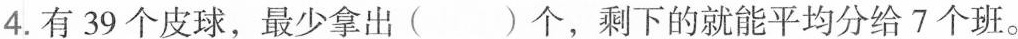
4.有39个皮球，最少拿出（）个，剩下的就能平均分给7个班。